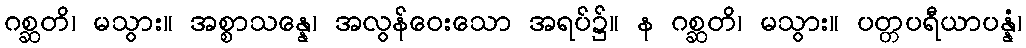
ဂစ္ဆတိ၊ မသွား။ အစ္စာသန္နေ၊ အလွန်ဝေးသော အရပ်၌။ န ဂစ္ဆတိ၊ မသွား။ ပတ္တပရီယာပန္နံ၊